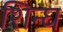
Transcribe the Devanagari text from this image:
शिन्घ